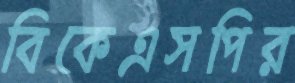
বিকেএসপির